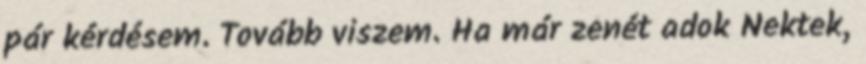
pár kérdésem. Tovább viszem. Ha már zenét adok Nektek,